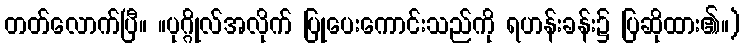
တတ်လောက်ပြီ။ ။ပုဂ္ဂိုလ်အလိုက် ပြုပေးကောင်းသည်ကို ရဟန်းခန်း၌ ပြဆိုထား၏။)